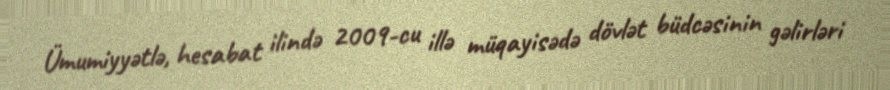
Ümumiyyətlə, hesabat ilində 2009-cu illə müqayisədə dövlət büdcəsinin gəlirləri